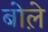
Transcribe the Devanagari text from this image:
बोले़